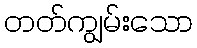
တတ်ကျွမ်းသော